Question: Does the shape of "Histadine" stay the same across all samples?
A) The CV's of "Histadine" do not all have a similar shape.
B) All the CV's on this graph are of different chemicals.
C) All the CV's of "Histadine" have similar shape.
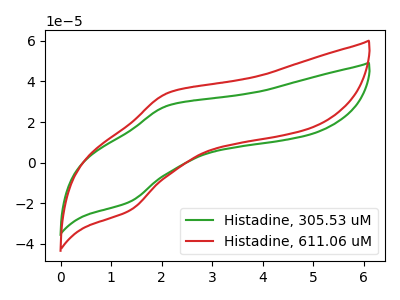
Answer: <think>The green curve "Histadine, 305.53 uM" has an anodic peak at (2.15V, 28.20uA) and a cathodic peak at (1.35V, -19.30uA). The red curve "Histadine, 611.06 uM" has an anodic peak at (2.15V, 34.40uA) and a cathodic peak at (1.35V, -23.60uA).
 All the peaks in "Histadine, 305.53 uM" have a peak in "Histadine, 611.06 uM" at the same potential. Every peak in "Histadine, 305.53 uM" is lower than every peak in "Histadine, 611.06 uM".</think>
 <answer>C) All the CV's of "Histadine" have similar shape.</answer>
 <eval>C</eval>